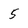
Character: 5